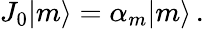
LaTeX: J_{0}|m\rangle=\alpha_{m}|m\rangle\, .